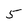
Character: 5